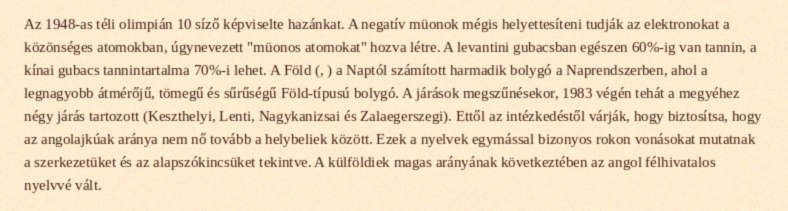
Az 1948-as téli olimpián 10 síző képviselte hazánkat. A negatív müonok mégis helyettesíteni tudják az elektronokat a közönséges atomokban, úgynevezett "müonos atomokat" hozva létre. A levantini gubacsban egészen 60%-ig van tannin, a kínai gubacs tannintartalma 70%-i lehet. A Föld (, ) a Naptól számított harmadik bolygó a Naprendszerben, ahol a legnagyobb átmérőjű, tömegű és sűrűségű Föld-típusú bolygó. A járások megszűnésekor, 1983 végén tehát a megyéhez négy járás tartozott (Keszthelyi, Lenti, Nagykanizsai és Zalaegerszegi). Ettől az intézkedéstől várják, hogy biztosítsa, hogy az angolajkúak aránya nem nő tovább a helybeliek között. Ezek a nyelvek egymással bizonyos rokon vonásokat mutatnak a szerkezetüket és az alapszókincsüket tekintve. A külföldiek magas arányának következtében az angol félhivatalos nyelvvé vált.